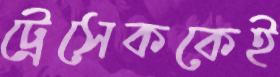
ট্রেসেককেই